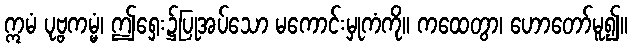
ဣမံ ပုဗ္ဗကမ္မံ၊ ဤရှေး၌ပြုအပ်သော မကောင်းမှုကံကို။ ကထေတွာ၊ ဟောတော်မူ၍။